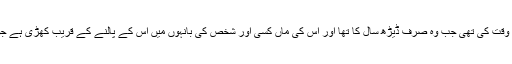
ماں کی اکلوتی یاد اس وقت کی تھی جب وہ صرف ڈیڑھ سال کا تھا اور اس کی ماں کسی اور شخص کی بانہوں میں اس کے پالنے کے قریب کھڑی ہے جو اس کا باپ نہیں تھا۔